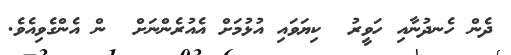
ދެން ހެނދުނާއި ހަވީރު  ކިޔަވައި އުޅުމަށް އެއުރެންނަށް  ން އެންގެވިއެވެ.